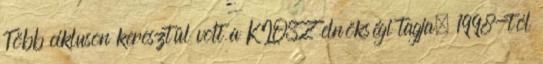
Több cikluson keresztül volt a KIOSZ elnökségi tagja, 1998-tól